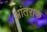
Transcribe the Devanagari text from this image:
आंतराक